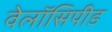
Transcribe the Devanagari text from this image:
वेलॉसिपीड